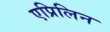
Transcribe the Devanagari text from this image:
एप्रिलिन